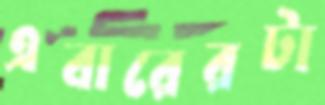
এবারেরটা